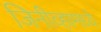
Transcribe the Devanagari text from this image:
जिनीव्हामध्ये